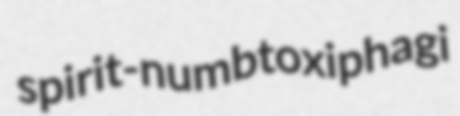
spirit-numb toxiphagi